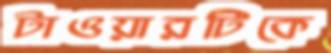
টাওয়ারটিকে